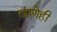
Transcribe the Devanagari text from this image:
खाणेही